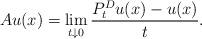
LaTeX: \begin{align*} Au(x) = \lim_{t \downarrow 0} \frac{P_t^D u(x) - u(x)}{t}. \end{align*}